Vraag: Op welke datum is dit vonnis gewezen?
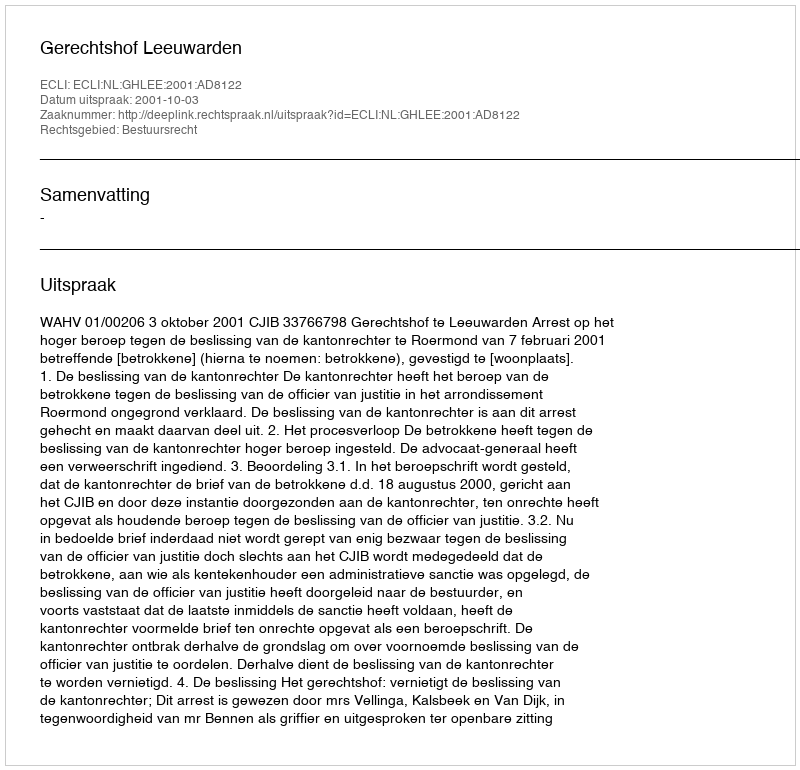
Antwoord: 2001-10-03